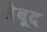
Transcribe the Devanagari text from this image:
मेबूद